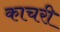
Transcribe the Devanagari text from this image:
काचरी